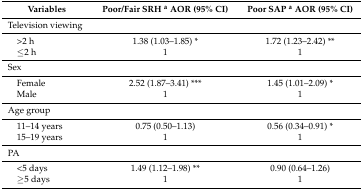
<table><thead><tr><td><b>Variables</b></td><td><b>Poor/Fair SRH <sup>a</sup> AOR (95% CI)</b></td><td><b>Poor SAP <sup>a</sup> AOR (95% CI)</b></td></tr></thead><tbody><tr><td>Television viewing</td><td></td><td></td></tr><tr><td> &gt;2 h</td><td>1.38 (1.03–1.85) *</td><td>1.72 (1.23–2.42) **</td></tr><tr><td> ≤2 h</td><td>1</td><td>1</td></tr><tr><td>Sex</td><td></td><td></td></tr><tr><td> Female</td><td>2.52 (1.87–3.41) ***</td><td>1.45 (1.01–2.09) *</td></tr><tr><td> Male </td><td>1</td><td>1</td></tr><tr><td>Age group</td><td></td><td></td></tr><tr><td> 11–14 years</td><td>0.75 (0.50–1.13)</td><td>0.56 (0.34–0.91) *</td></tr><tr><td> 15–19 years</td><td>1</td><td>1</td></tr><tr><td>PA</td><td></td><td></td></tr><tr><td> &lt;5 days</td><td>1.49 (1.12–1.98) **</td><td>0.90 (0.64–1.26)</td></tr><tr><td> ≥5 days</td><td>1</td><td>1</td></tr></tbody></table>